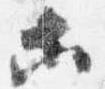
等